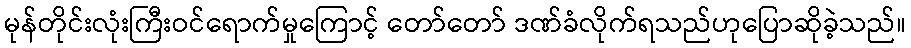
မုန်တိုင်းလုံးကြီးဝင်ရောက်မှုကြောင့် တော်တော် ဒဏ်ခံလိုက်ရသည်ဟုပြောဆိုခဲ့သည်။